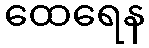
ထေရေန